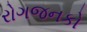
રોગજનકો